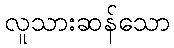
လူသားဆန်သော